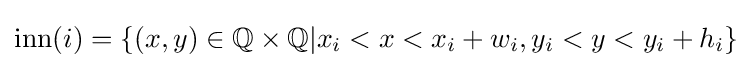
\mathrm {inn} (i)=\{(x,y)\in \mathbb {Q} \times \mathbb {Q} |x_{i}<x<x_{i}+w_{i},y_{i}<y<y_{i}+h_{i}\}